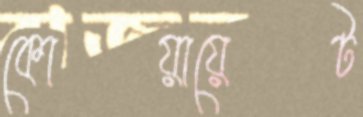
কোয়ায়েট